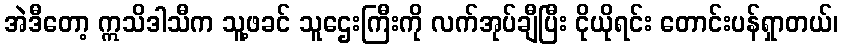
အဲဒီတော့ ဣသိဒါသီက သူ့ဖခင် သူဌေးကြီးကို လက်အုပ်ချီပြီး ငိုယိုရင်း တောင်းပန်ရှာတယ်၊